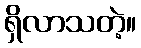
ရှိလာသတဲ့။